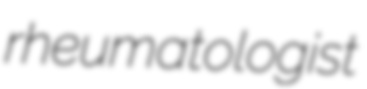
rheumatologist